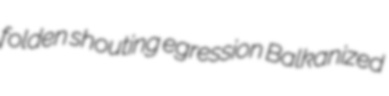
folden shouting egression Balkanized